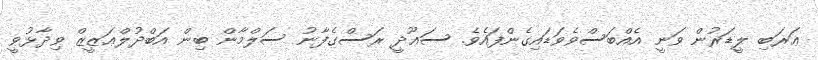
ޢަރަބި ލީޑަރުން ވަނީ އެއްބަސްވެވަޑައިގެންފައެވެ. ސަޢޫދީ ރަސްގެފާނު ސަލްމާން ބިން އަބްދުލްޢަޒީޒް ވިދާޅުވީ